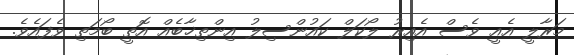
މަރާލީ އެއީ ވެސް އެއިރު ލޯކަލް ކައުންސިލު އިންތިޚާބެއް އޮތީ ބޯމަތި ވެފައެެވެ.